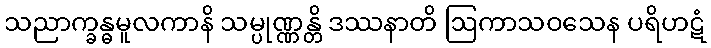
သညာက္ခန္ဓမူလကာနိ သမ္ပုဏ္ဏန္တိ ဒဿနာတိ ဩကာသဝသေန ပရိဟဋံ